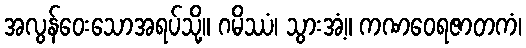
အလွန်ဝေးသောအရပ်သို့။ ဂမိဿံ၊ သွားအံ့။ ကဏဝေရဇာတကံ၊